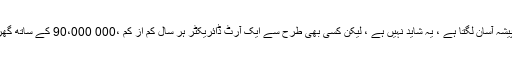
اگرچہ یہ پیشہ آسان لگتا ہے ، یہ شاید نہیں ہے ، لیکن کسی بھی طرح سے ایک آرٹ ڈائریکٹر ہر سال کم از کم ،000 90،000 کے ساتھ گھر جاتا ہے۔